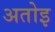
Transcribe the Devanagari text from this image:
अतोइ